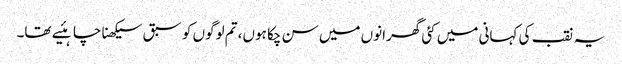
یہ نقب کی کہانی میں کئی گھرانوں میں سن چکا ہوں، تم لوگوں کو سبق سیکھنا چاہئیے تھا۔